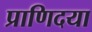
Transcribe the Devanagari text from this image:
प्राणिदया